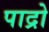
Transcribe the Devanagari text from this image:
पाद्रो